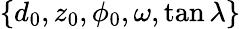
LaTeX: \{ d_{0},z_{0},\phi_{0},\omega,\tan\lambda\}